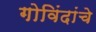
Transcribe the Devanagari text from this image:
गोविंदांचे